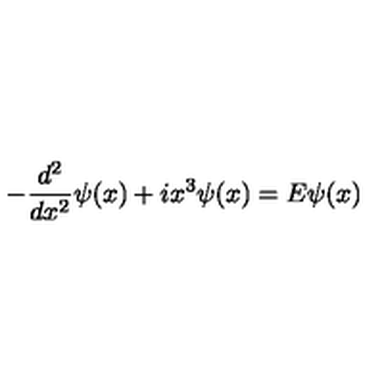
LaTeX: - \frac { d ^ { 2 } } { d x ^ { 2 } } \psi ( x ) + i x ^ { 3 } \psi ( x ) = E \psi ( x )